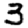
Digit: 3